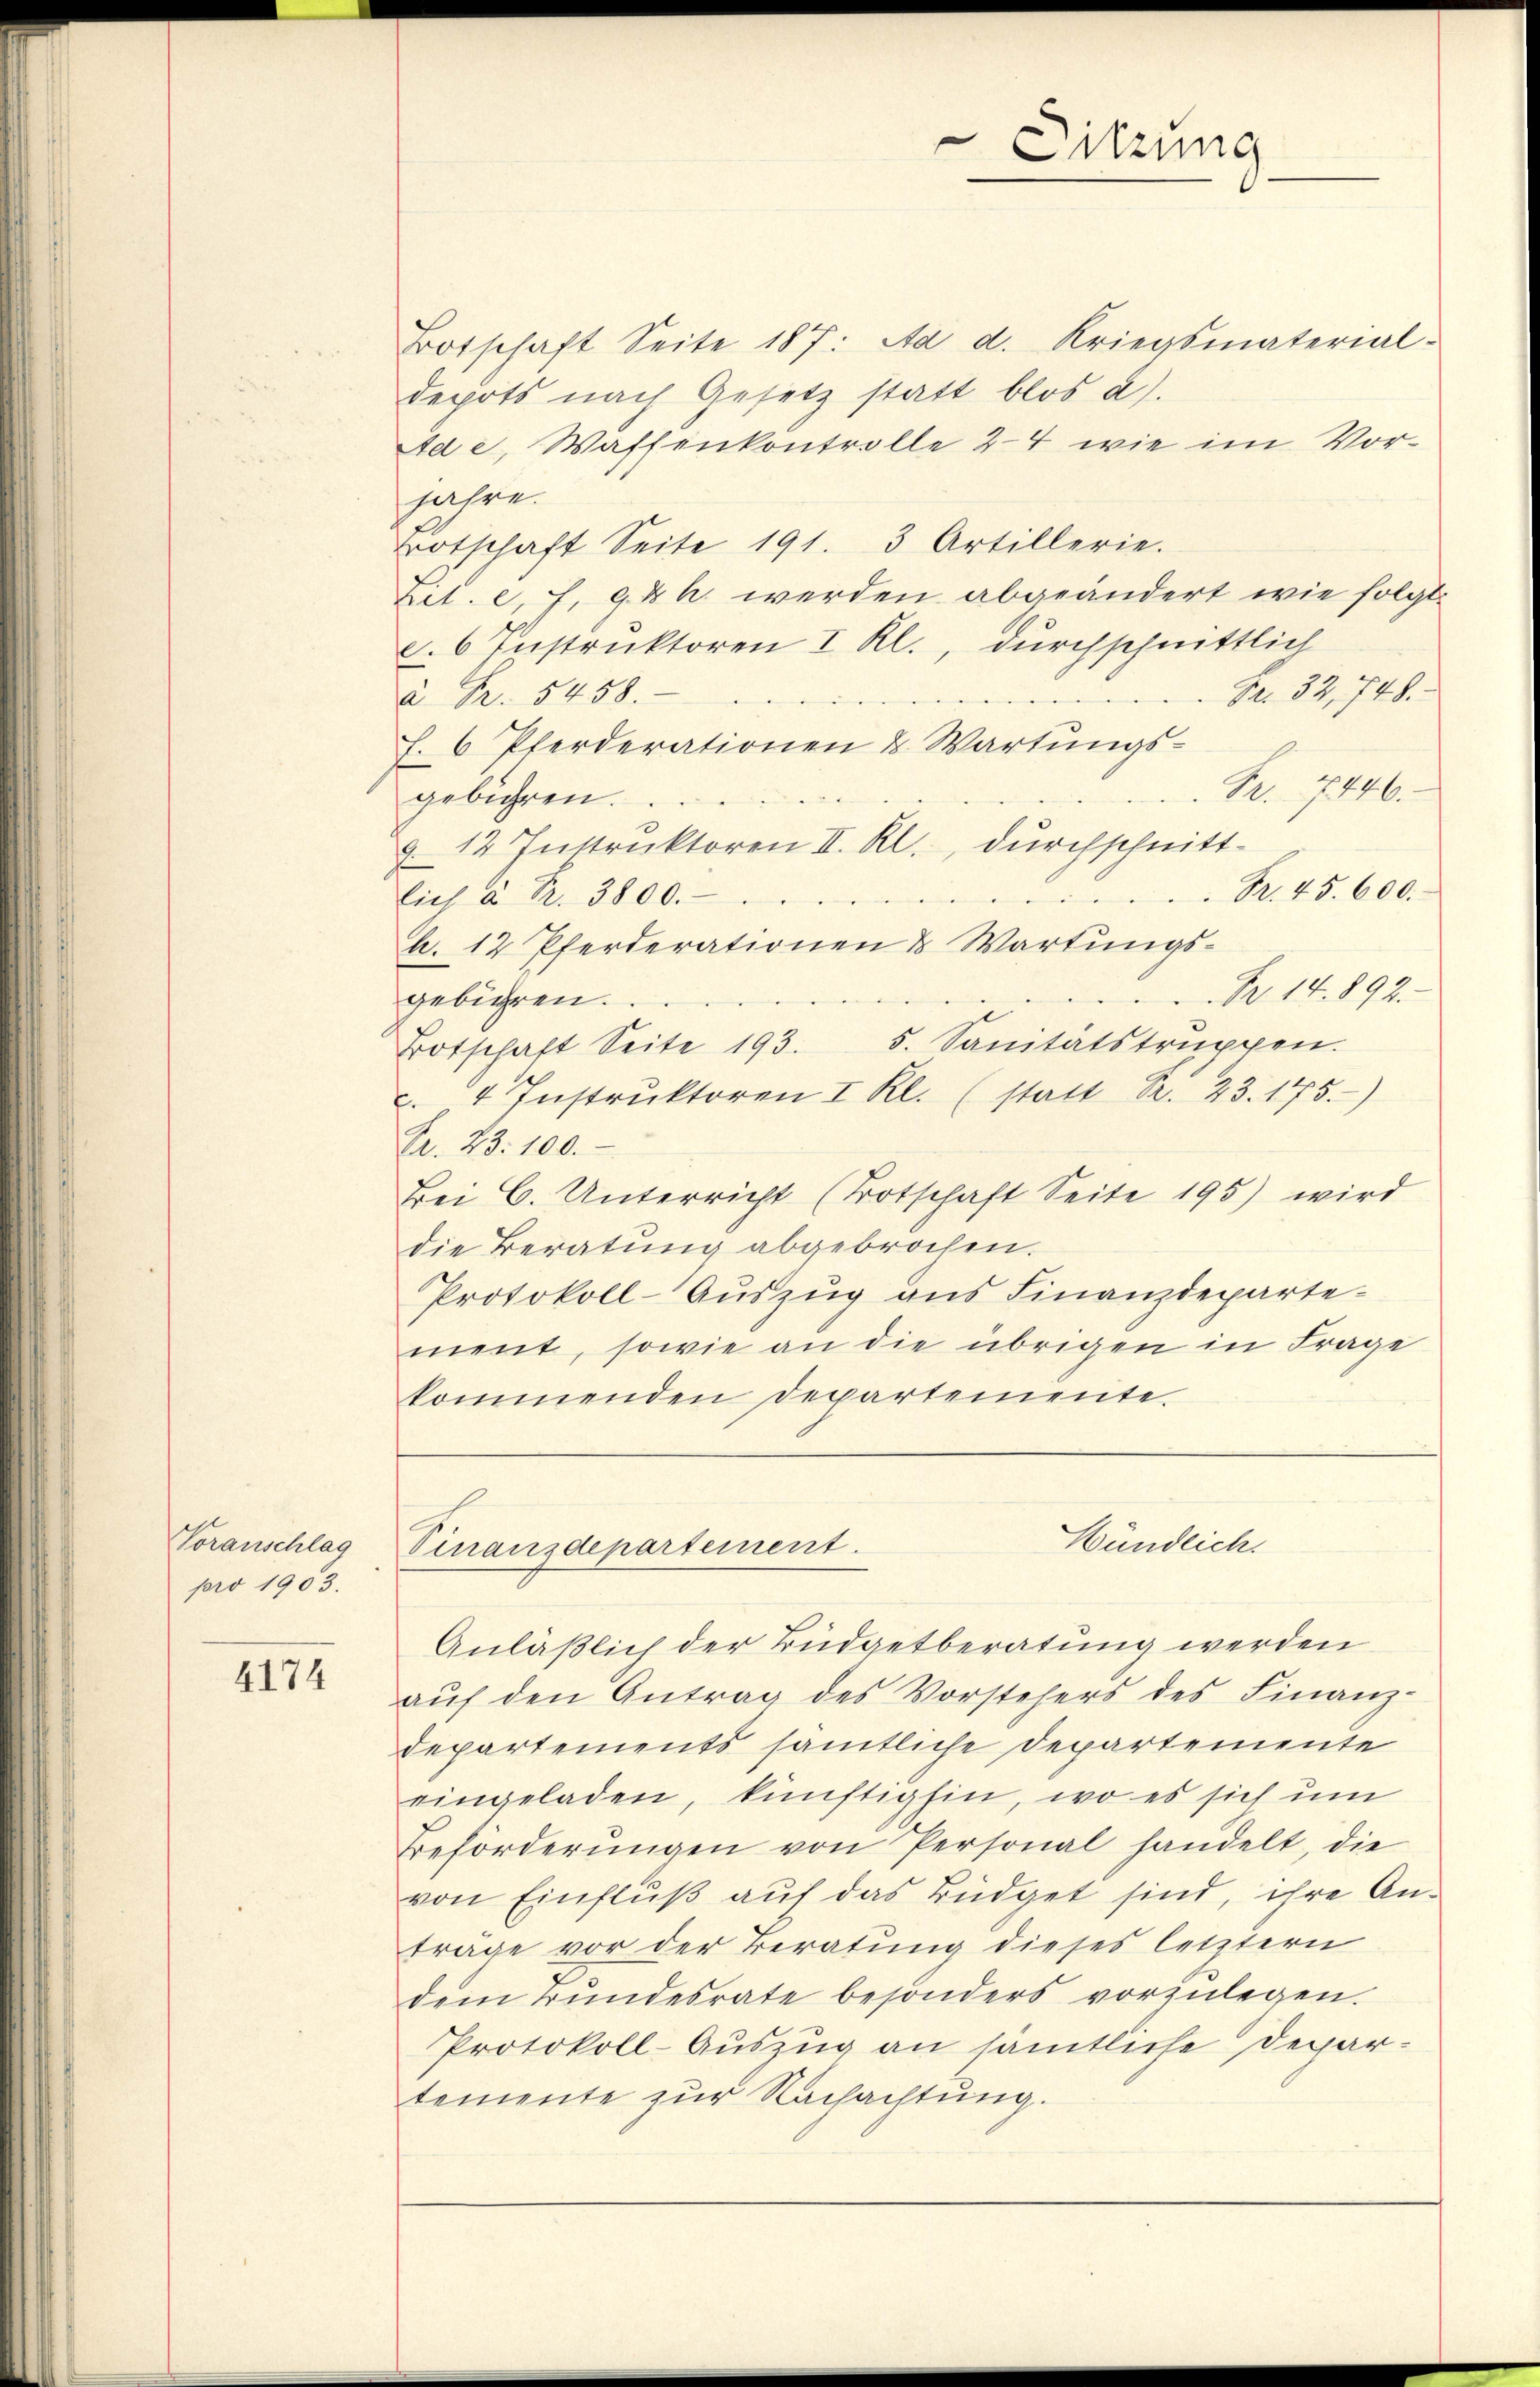
Voranschlag
pro 1903.

4174

Botschaft Seite 187: Aa d. Kriegsmaterial-
depots nach Gesetz statt blos a).
Ad e, Waffenkontrolle 24 wie im Vorjahre.
Totschaft Seite 191. 3 Artillerie.
Lit. e, . 98 h. werden abgeändert wie folge
c.6 Instruktoren I Kl., durchschnittlich
Nr. 32, 748.
 Pr. 5458.
f. 6 Pferderationen & Wartŭngs-
Fr. 7446.
gebühren.
12 Instruktoren II. Kl., durchschnitt¬
Fr. 45. 600.
lich à Fr. 3800.
A. 12 Pferderationen & Wartungs¬
Fr. 14. 892.
gebühren.
5. Sanitätstruppen.
Botschaft Seite 193.
u. 4 Instrŭktoren I Kl. (statt R. 23. 175.)
Fr. 23. 100.
Bei C. Unterricht (Totschaft Seite 195) wird
die Beratung abgebrochen.
Protokoll-Auszug aus Finanzdepartement, sowie an die übrigen in Frage
kommenden Departemente.

Finanzdepartement.

Sitzung

Mündlich.

Anläßlich der Büdgetberatung werden
aŭf den Antrag des Vorstehers des Finanz-
Departements sämtliche Departemente
eingeladen, künftighin, wo es sich um
Beförderŭngen von Personal handelt, die
von Einfluß auf das Büdget sind, ihre Anträge vor der Beratung dieses letztern
dem Bŭndesrate besonders vorzŭlegen.
Protokoll-Auszug an sämtliche Departemente zur Nachachtung.